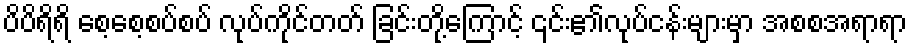
ပိပိရိရိ စေ့စေ့စပ်စပ် လုပ်ကိုင်တတ် ခြင်းတို့ကြောင့် ၎င်း၏လုပ်ငန်းများမှာ အစစအရာရာ